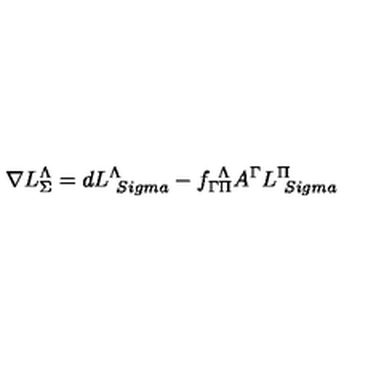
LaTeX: \nabla L _ { \Sigma } ^ { \Lambda } = d L _ { \ S i g m a } ^ { \Lambda } - f _ { \Gamma \Pi } ^ { \ \Lambda } A ^ { \Gamma } L _ { \ S i g m a } ^ { \Pi }